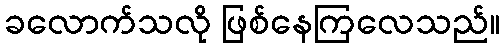
ခလောက်သလို ဖြစ်နေကြလေသည်။